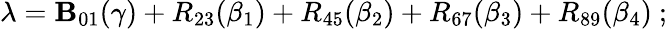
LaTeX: \lambda=\mathbf{B}_{01}(\gamma)+R_{23}(\beta_{1})+R_{45}(\beta_{2})+R_{67}(\beta_{3})+R_{89}(\beta_{4})~;